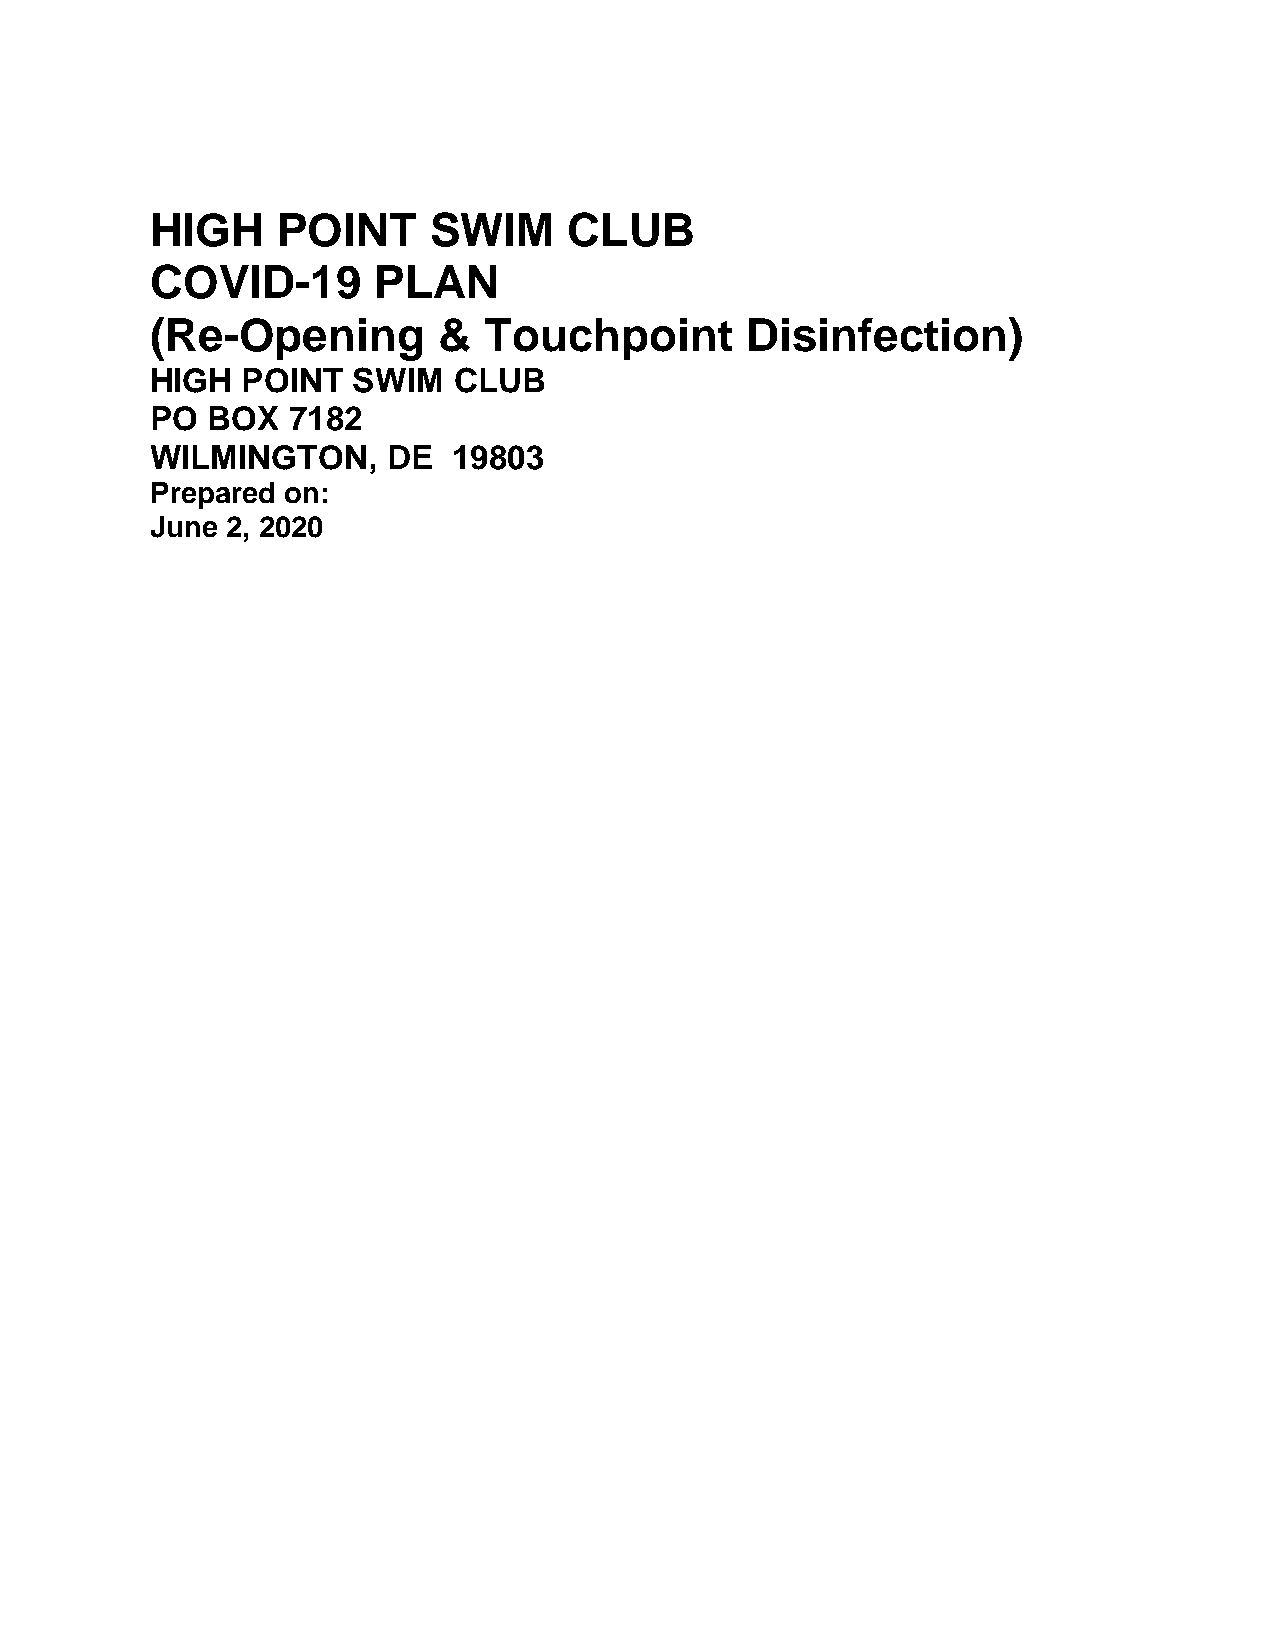
HIGH    POINT     SWIM      CLUB
 COVID-19       PLAN
 (Re-Opening        &  Touchpoint       Disinfection)
 HIGH  POINT  SWIM   CLUB
 PO  BOX  7182
 WILMINGTON,     DE  19803
 Prepared on:
 June 2, 2020